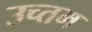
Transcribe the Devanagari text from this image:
उच्तम